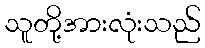
သူတို့အားလုံးသည်